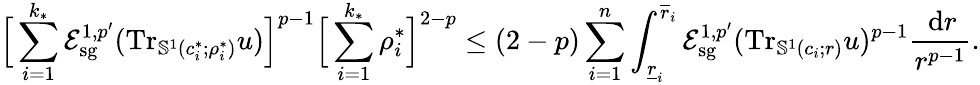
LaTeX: \Big[\sum_{i=1}^{k_{*}}\mathcal E_{\mathrm{sg}}^{1,p^{\prime}}(\mathrm{Tr}_{\mathbb S^{1}(c_{i}^{*};\rho_{i}^{*})}u)\Big]^{p-1}\Big[\sum_{i=1}^{k_{*}}\rho_{i}^{*}\Big]^{2-p}\leq(2-p)\sum_{i=1}^{n}\int_{\underline{{r}}_{i}}^{\overline{{r}}_{i}}\mathcal E_{\mathrm{sg}}^{1,p^{\prime}}(\mathrm{Tr}_{\mathbb S^{1}(c_{i};r)}u)^{p-1}\frac{\, \mathrm dr}{r^{p-1}}.